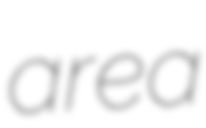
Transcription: area